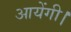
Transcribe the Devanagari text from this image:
आयेंगी।